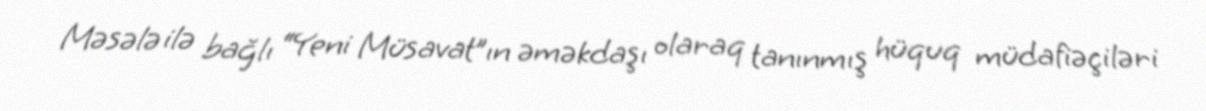
Məsələ ilə bağlı “Yeni Müsavat”ın əməkdaşı olaraq tanınmış hüquq müdafiəçiləri